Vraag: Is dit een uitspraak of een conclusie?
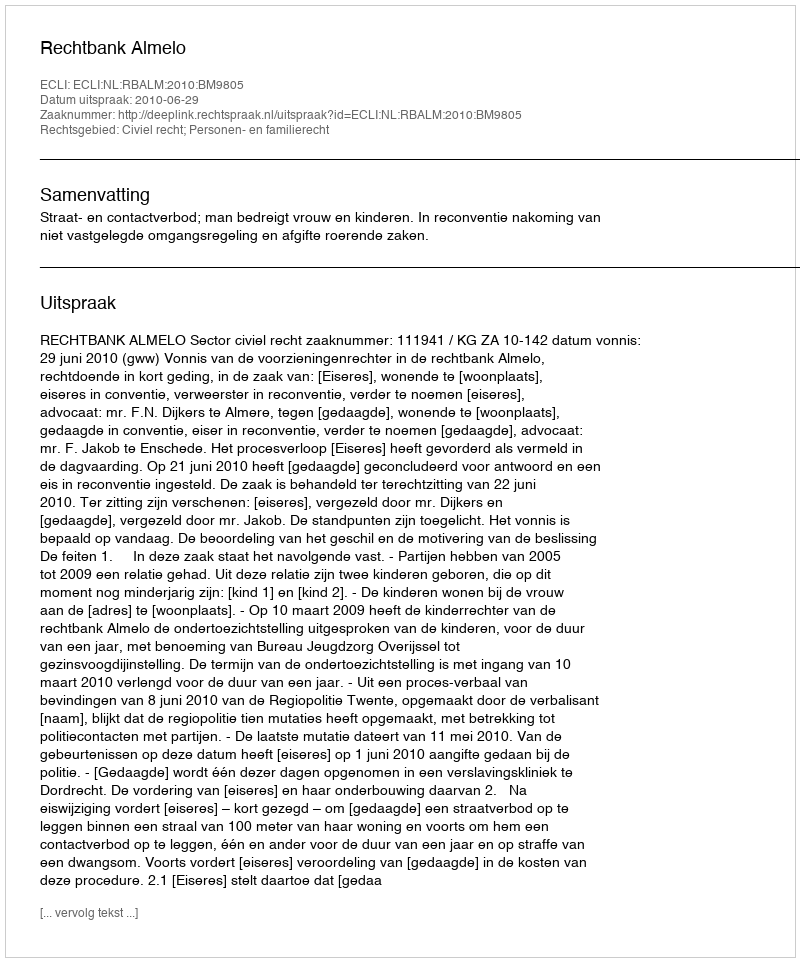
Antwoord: Uitspraak